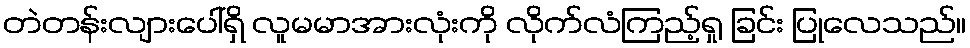
တဲတန်းလျားပေါ်ရှိ လူမမာအားလုံးကို လိုက်လံကြည့်ရှု ခြင်း ပြုလေသည်။